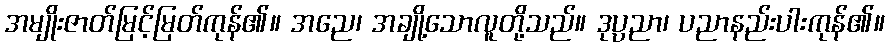
အမျိုးဇာတ်မြင့်မြတ်ကုန်၏။ အညေ၊ အချို့သောလူတို့သည်။ ဒုပ္ပညာ၊ ပညာနည်းပါးကုန်၏။